Document type: Confirmation
Year: 1374
Scribe: Ramon Camat
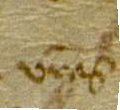
vestras